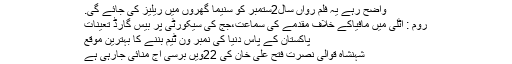
واضح رہے یہ فلم رواں سال2ستمبر کو سنیما گھروں میں ریلیز کی جائے گی.
روم : اٹلی میں مافیاکے خلاف مقدمے کی سماعت،جج کی سیکورٹی پر بیس گارڈ تعینات
پاکستان کے پاس دنیا کی نمبر ون ٹیم بننے کا بہترین موقع
شہنشاہ قوالی نصرت فتح علی خان کی 22ویں برسی آج منائی جارہی ہے